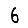
Digit: 6